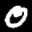
Label: 0